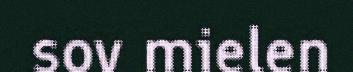
sov mielen